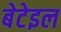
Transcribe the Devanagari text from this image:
बेटेइल